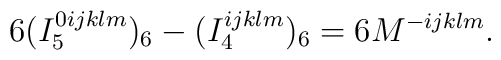
6 (I_5^{0ij klm})_6  -(I_4^{ij klm})_6= 6M^{-ijklm}.